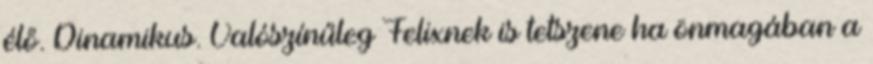
élő. Dinamikus. Valószínűleg Felixnek is tetszene ha önmagában a